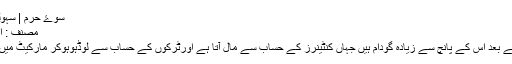
سوۓ حرم | سہولت اور صلاحیت
مصنف : انصر محمود بابر
آج چالیس سال کے بعد اس کے پانچ سے زیادہ گودام ہیں جہاں کنٹینرز کے حساب سے مال آتا ہے اورٹرکوں کے حساب سے لوڈہوہوکر مارکیٹ میں سپلائی ہوتا ہے۔